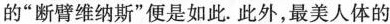
的”断臂维纳斯”便是如此.此外，最美人体的